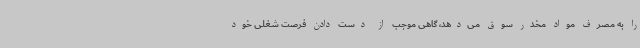
را به مصرف مواد مخدر سوق می‌دهد، گاهی موجب از دست دادن فرصت شغلی خود